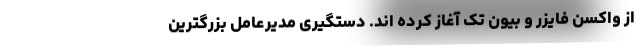
از واکسن فایزر و بیون تک آغاز کرده اند. دستگیری مدیرعامل بزرگترین